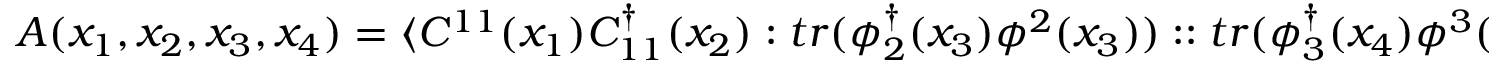
A ( x _ { 1 } , x _ { 2 } , x _ { 3 } , x _ { 4 } ) = \langle { \cal C } ^ { 1 1 } ( x _ { 1 } ) { \cal C } _ { 1 1 } ^ { \dagger } ( x _ { 2 } ) : t r ( \phi _ { 2 } ^ { \dagger } ( x _ { 3 } ) \phi ^ { 2 } ( x _ { 3 } ) ) : : t r ( \phi _ { 3 } ^ { \dagger } ( x _ { 4 } ) \phi ^ { 3 } ( x _ { 4 } ) ) : \rangle